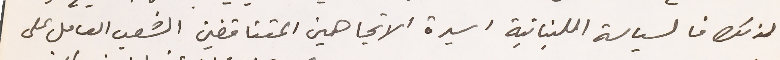
لذلك فالسياسة اللبنانية اسيرة الاتجاهين المتناقضين الشعب العامل على